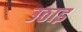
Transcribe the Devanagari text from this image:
उठाइ